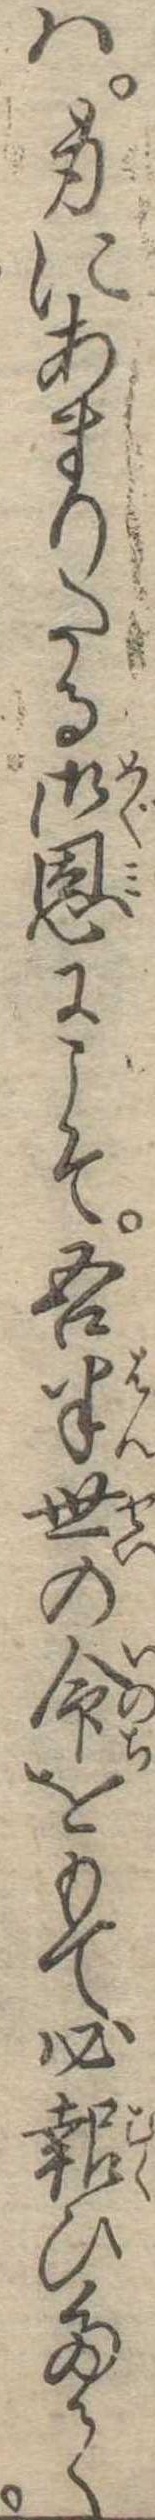
は身にあまりたる御恩にこそ吾半生の命をもて必報ひたて